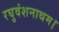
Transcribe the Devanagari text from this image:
रघुवंशनाथम।